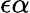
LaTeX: \epsilon\alpha